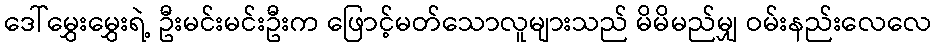
ဒေါ်မွှေးမွှေးရဲ့ ဦးမင်းမင်းဦးက ဖြောင့်မတ်သောလူများသည် မိမိမည်မျှ ဝမ်းနည်းလေလေ